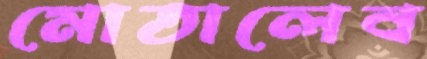
মোতালেব